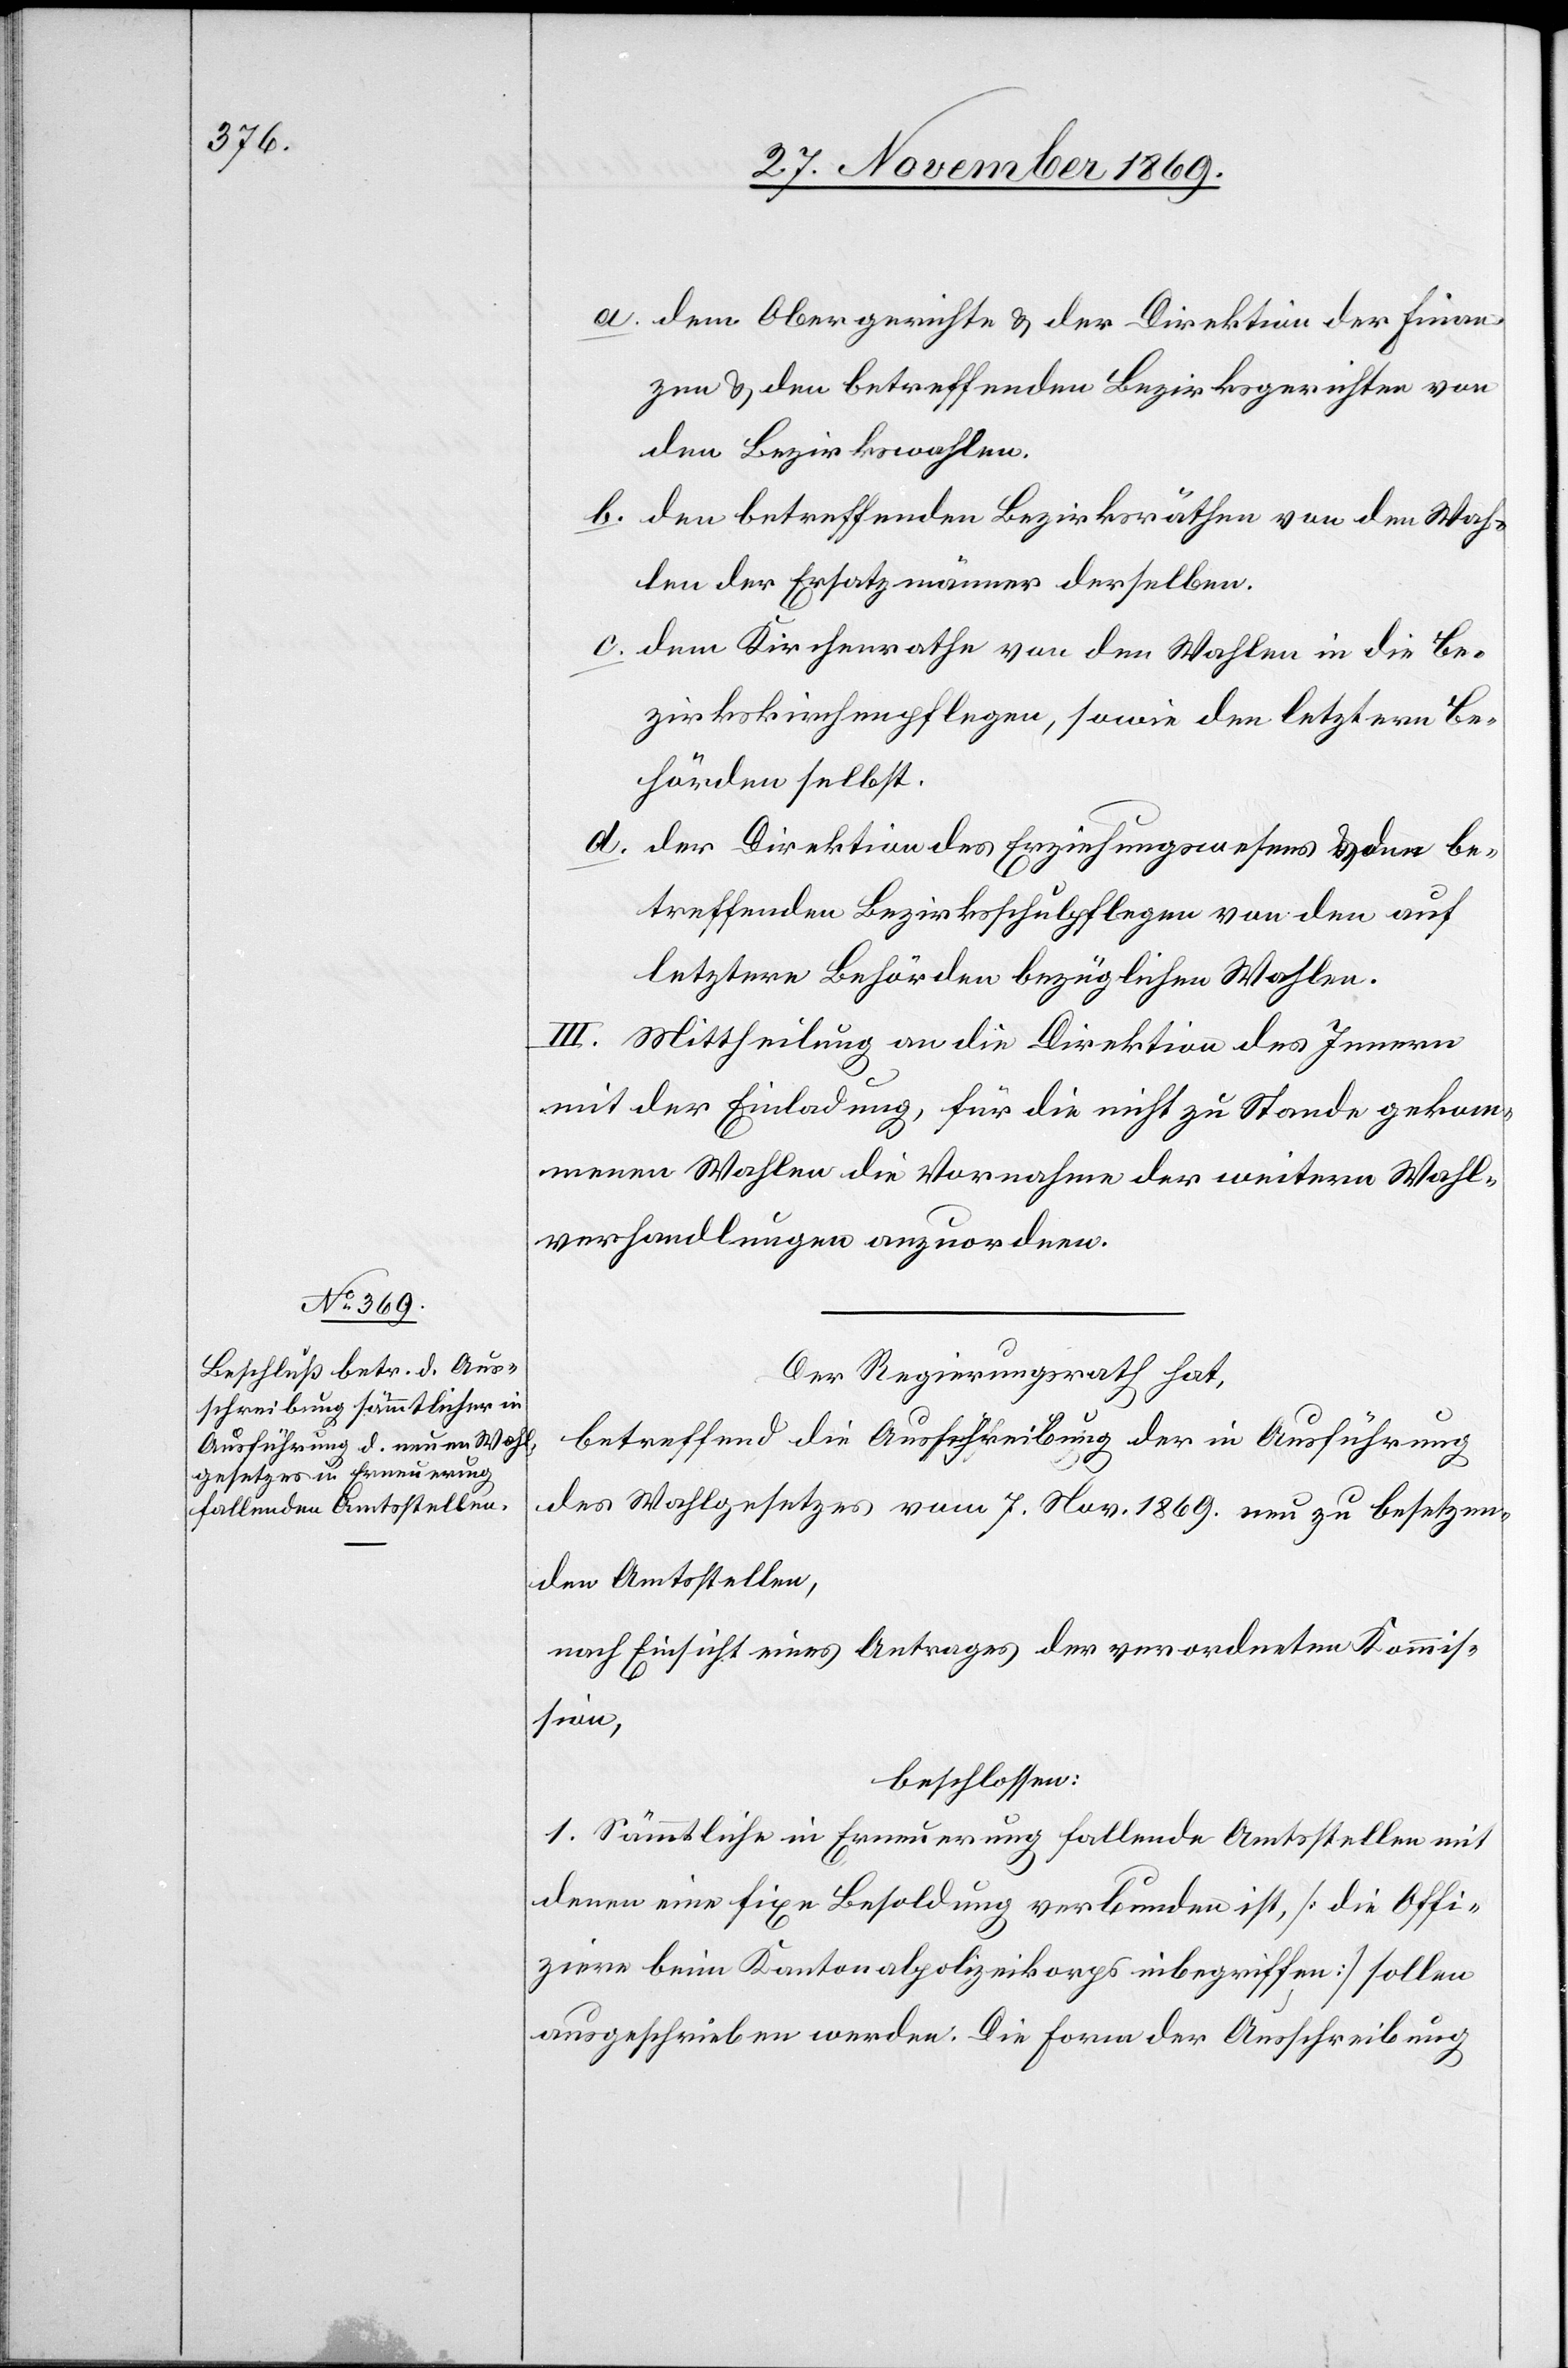
dem Obergerichte & der Direktion der Finan¬
zen & den betreffenden Bezirksgerichten von
den Bezirkswahlen.
den betreffenden Bezirksräthen von den Wah¬
len der Ersatzmänner derselben.
dem Kirchenrathe von den Wahlen in die Be¬
zirkskirchenpflegen, sowie den letztern Be¬
hörden selbst.
der Direktion des Erziehungswesens & den be¬
treffenden Bezirksschulpflegen von den auf
letztere Behörden bezüglichen Wahlen.
III. Mittheilung an die Direktion des Innern
mit der Einladung, für die nicht zu Stande gekom¬
menen Wahlen die Vornahme der weitern Wahl¬
verhandlungen anzuordnen.
Der Regierungsrath hat,
betreffend die Ausschreibung der in Ausführung
des Wahlgesetzes vom 7. Nov. 1869. neu zu besetzen¬
den Amtsstellen,
nach Einsicht eines Antrages der verordneten Kommis¬
sion,
beschlossen:
1. Sämmtliche in Erneuerung fallende Amtsstellen mit
denen eine fixe Besoldung verbunden ist, [die Offi¬
ziere beim Kantonalpolizeikorps inbegriffen] sollen
ausgeschrieben werden. Die Form der Ausschreibung